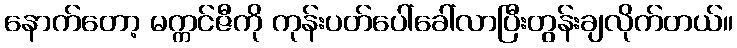
နောက်တော့ မက္ကင်ဇီကို ကုန်းပတ်ပေါ်ခေါ်လာပြီးတွန်းချလိုက်တယ်။